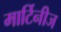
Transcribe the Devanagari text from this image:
मार्टिनीज